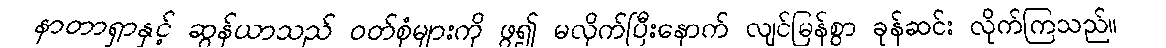
နာတာရှာနှင့် ဆွန်ယာသည် ဝတ်စုံများကို ဖွ၍ မလိုက်ပြီးနောက် လျင်မြန်စွာ ခုန်ဆင်း လိုက်ကြသည်။